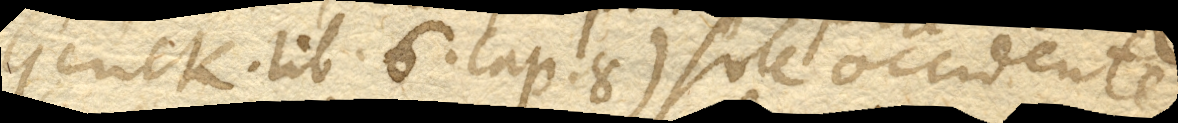
(Gerick. lib. 6. cap. 8. ) sole occidente